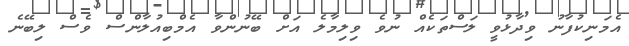
އެމަނިކުފާނު ވިދާޅުވީ ލަސްތަކެއް ނުވެ ވިލިމާލެ އަށް ބޭނުންވާ އެމްބިއުލާންސް ވެސް ލިބޭނެ